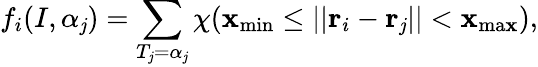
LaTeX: f_{i}(I,\alpha_{\mathit{j}})=\sum_{T_{\mathit{j}}=\alpha_{\mathit{j}}}\chi(\mathbf{x}_{\mathrm{{min}}}\le||{\mathbf{r}}_{i}-{\mathbf{r}}_{\mathit{j}}||<\mathbf{x}_{\mathrm{{ma\mathbf{x}}}}),